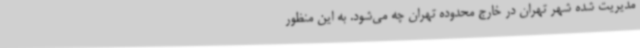
مدیریت شده شهر تهران در خارج محدوده تهران چه می‌شود. به این منظور